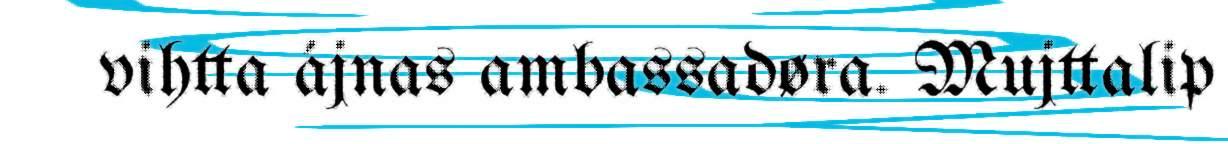
vihtta ájnas ambassadøra. Mujttalip